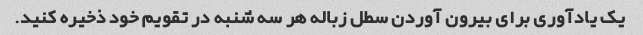
یک یادآوری برای بیرون آوردن سطل زباله هر سه شنبه در تقویم خود ذخیره کنید.